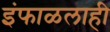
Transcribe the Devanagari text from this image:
इंफाळलाही